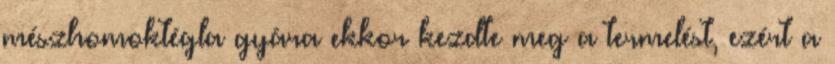
mészhomoktégla gyára ekkor kezdte meg a termelést, ezért a